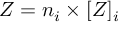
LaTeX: Z = n _ { i } \times [ Z ] _ { i }